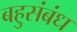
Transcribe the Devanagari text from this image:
बहुसंबंध